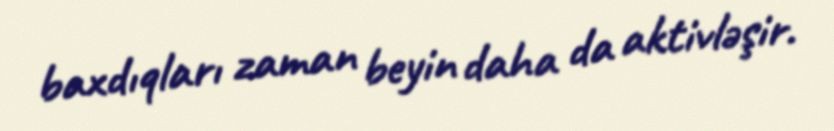
baxdıqları zaman beyin daha da aktivləşir.